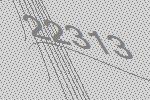
22313